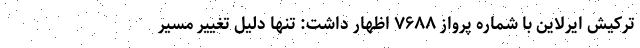
ترکیش ایرلاین با شماره پرواز ۷۶۸۸ اظهار داشت: تنها دلیل تغییر مسیر